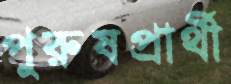
পুরুষপ্রার্থী